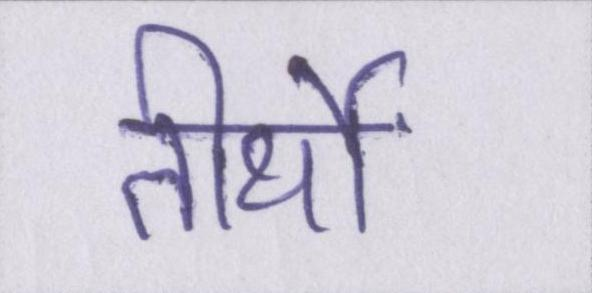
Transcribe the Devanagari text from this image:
तीर्थों